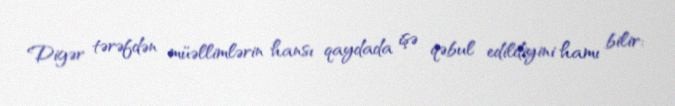
Digər tərəfdən müəllimlərin hansı qaydada işə qəbul edildiyini hamı bilir: